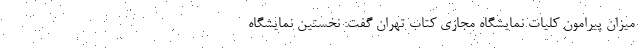
میزان پیرامون کلیات نمایشگاه مجازی کتاب تهران گفت: نخستین نمایشگاه